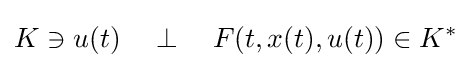
K\ni u(t)\quad \perp \quad F(t,x(t),u(t))\in K^{*}